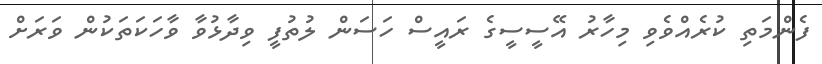
ފެންމަތި ކުރެއްވެވި މިހާރު އޭސީސީގެ ރައީސް ހަސަން ލުތުފީ ވިދާޅުވާ ވާހަކަތަކުން ވަރަށް